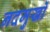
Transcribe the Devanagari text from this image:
नदमुखों